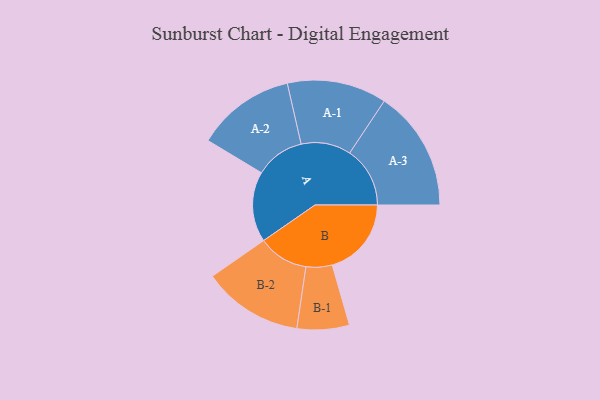
{"axis": {"x": "Segment", "y": "Value"}, "legend": ["", "A", "B"], "data": [{"x": "A", "y": 321, "type": ""}, {"x": "B", "y": 361, "type": ""}, {"x": "A-1", "y": 227, "type": "A"}, {"x": "A-2", "y": 225, "type": "A"}, {"x": "A-3", "y": 275, "type": "A"}, {"x": "B-1", "y": 119, "type": "B"}, {"x": "B-2", "y": 229, "type": "B"}]}